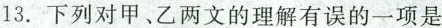
13.下列对甲、乙两文的理有误的一项是